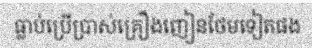
ធ្លាប់ប្រើប្រាស់គ្រឿងញៀនថែមទៀតផង